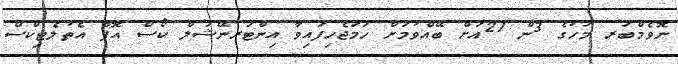
ނޮވެމްބަރ މަހުގެ 3ން 27އަށް ބޭއްވުމަށް ހަމަޖެހިފައިވާ އިންޓަރނޭޝަލް ކޯސް އޮފް އެތުލެޓިކްސް